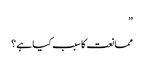
”
ممانعت کا سبب کیا ہے ؟